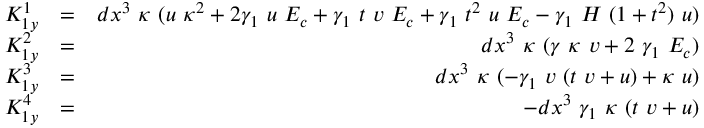
\begin{array} { r l r } { K _ { 1 y } ^ { 1 } } & { = } & { d x ^ { 3 } ~ \kappa ~ ( u ~ \kappa ^ { 2 } + 2 \gamma _ { 1 } ~ u ~ E _ { c } + \gamma _ { 1 } ~ t ~ v ~ E _ { c } + \gamma _ { 1 } ~ t ^ { 2 } ~ u ~ E _ { c } - \gamma _ { 1 } ~ H ~ ( 1 + t ^ { 2 } ) ~ u ) } \\ { K _ { 1 y } ^ { 2 } } & { = } & { d x ^ { 3 } ~ \kappa ~ ( \gamma ~ \kappa ~ v + 2 ~ \gamma _ { 1 } ~ E _ { c } ) } \\ { K _ { 1 y } ^ { 3 } } & { = } & { d x ^ { 3 } ~ \kappa ~ ( - \gamma _ { 1 } ~ v ~ ( t ~ v + u ) + \kappa ~ u ) } \\ { K _ { 1 y } ^ { 4 } } & { = } & { - d x ^ { 3 } ~ \gamma _ { 1 } ~ \kappa ~ ( t ~ v + u ) } \end{array}